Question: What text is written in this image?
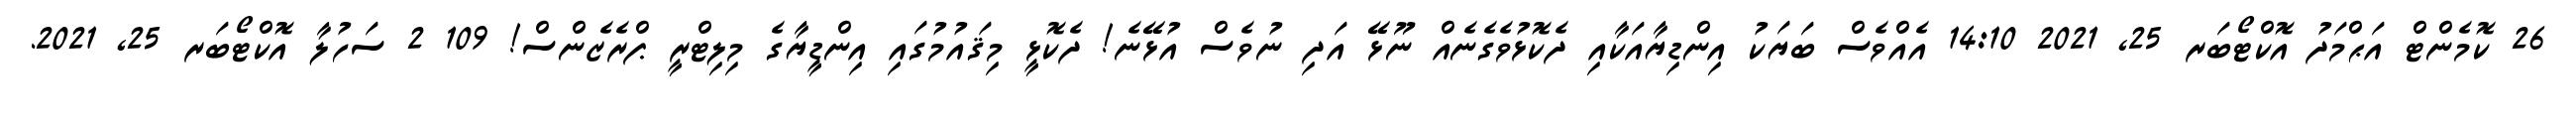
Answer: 26 ކޮމެންޓް އަޙްމަދު އޮކްޓޯބަރ 25, 2021 14:10 އެއްވެސް ބަޔަކު އިންޑިޔާއަކާއި ދެކޮޅުވެގެނެއް ނޫޅޭ އަދި ނުވެސް އުޅޭނެ! ދެކޮޅީ މިޤައުމުގައި އިންޑީޔާގެ މިލިޓްރީ ޕްރެޒެންސް! 109 2 ސަހުލާ އޮކްޓޯބަރ 25, 2021.